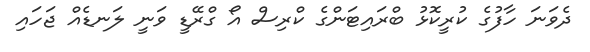
ދެވަނަ ހާފުގެ ކުރީކޮޅު ބްރައިޓަންގެ ކްރިސް އޯ ގްރޭޑީ ވަނީ ލަނޑެއް ޖަހައި